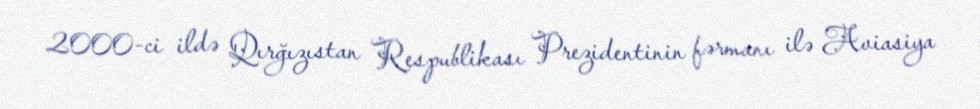
2000-ci ildə Qırğızıstan Respublikası Prezidentinin fərmanı ilə Aviasiya